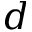
d